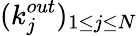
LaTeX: (k_{j}^{out})_{1\leq j\leq N}